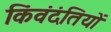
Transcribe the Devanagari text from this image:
किंवंदंतियों